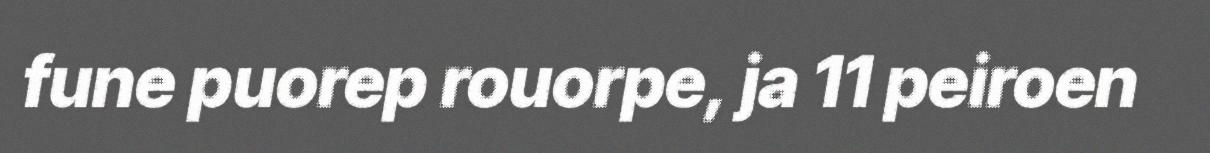
fune puorep rouorpe, ja 11 peiroen